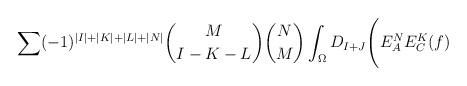
LaTeX: \begin{align*}\sum(-1)^{\vert I \vert +\vert K \vert +\vert L \vert + \vert N \vert}{M \choose {I-K-L}}{N \choose M}\int_{\Omega}D_{I+J}\Biggl( E^N_AE^K_C(f)\end{align*}